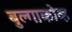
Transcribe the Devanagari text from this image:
बुल्गाकोव्ह